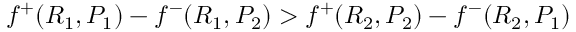
f ^ { + } ( R _ { 1 } , P _ { 1 } ) - f ^ { - } ( R _ { 1 } , P _ { 2 } ) > f ^ { + } ( R _ { 2 } , P _ { 2 } ) - f ^ { - } ( R _ { 2 } , P _ { 1 } )